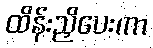
ထိန်းညှိပေးကာ